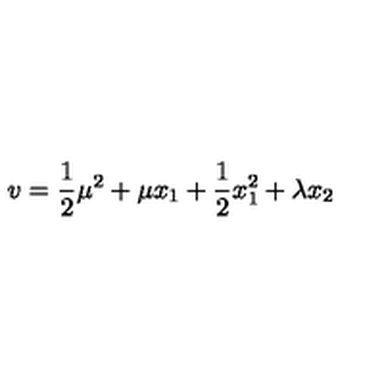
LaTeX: v = \frac { 1 } { 2 } \mu ^ { 2 } + \mu x _ { 1 } + \frac { 1 } { 2 } x _ { 1 } ^ { 2 } + \lambda x _ { 2 }